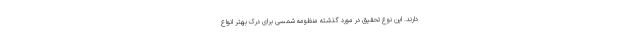
دارند. این نوع تحقیق در مورد گذشته منظومه شمسی برای درک بهتر انواع